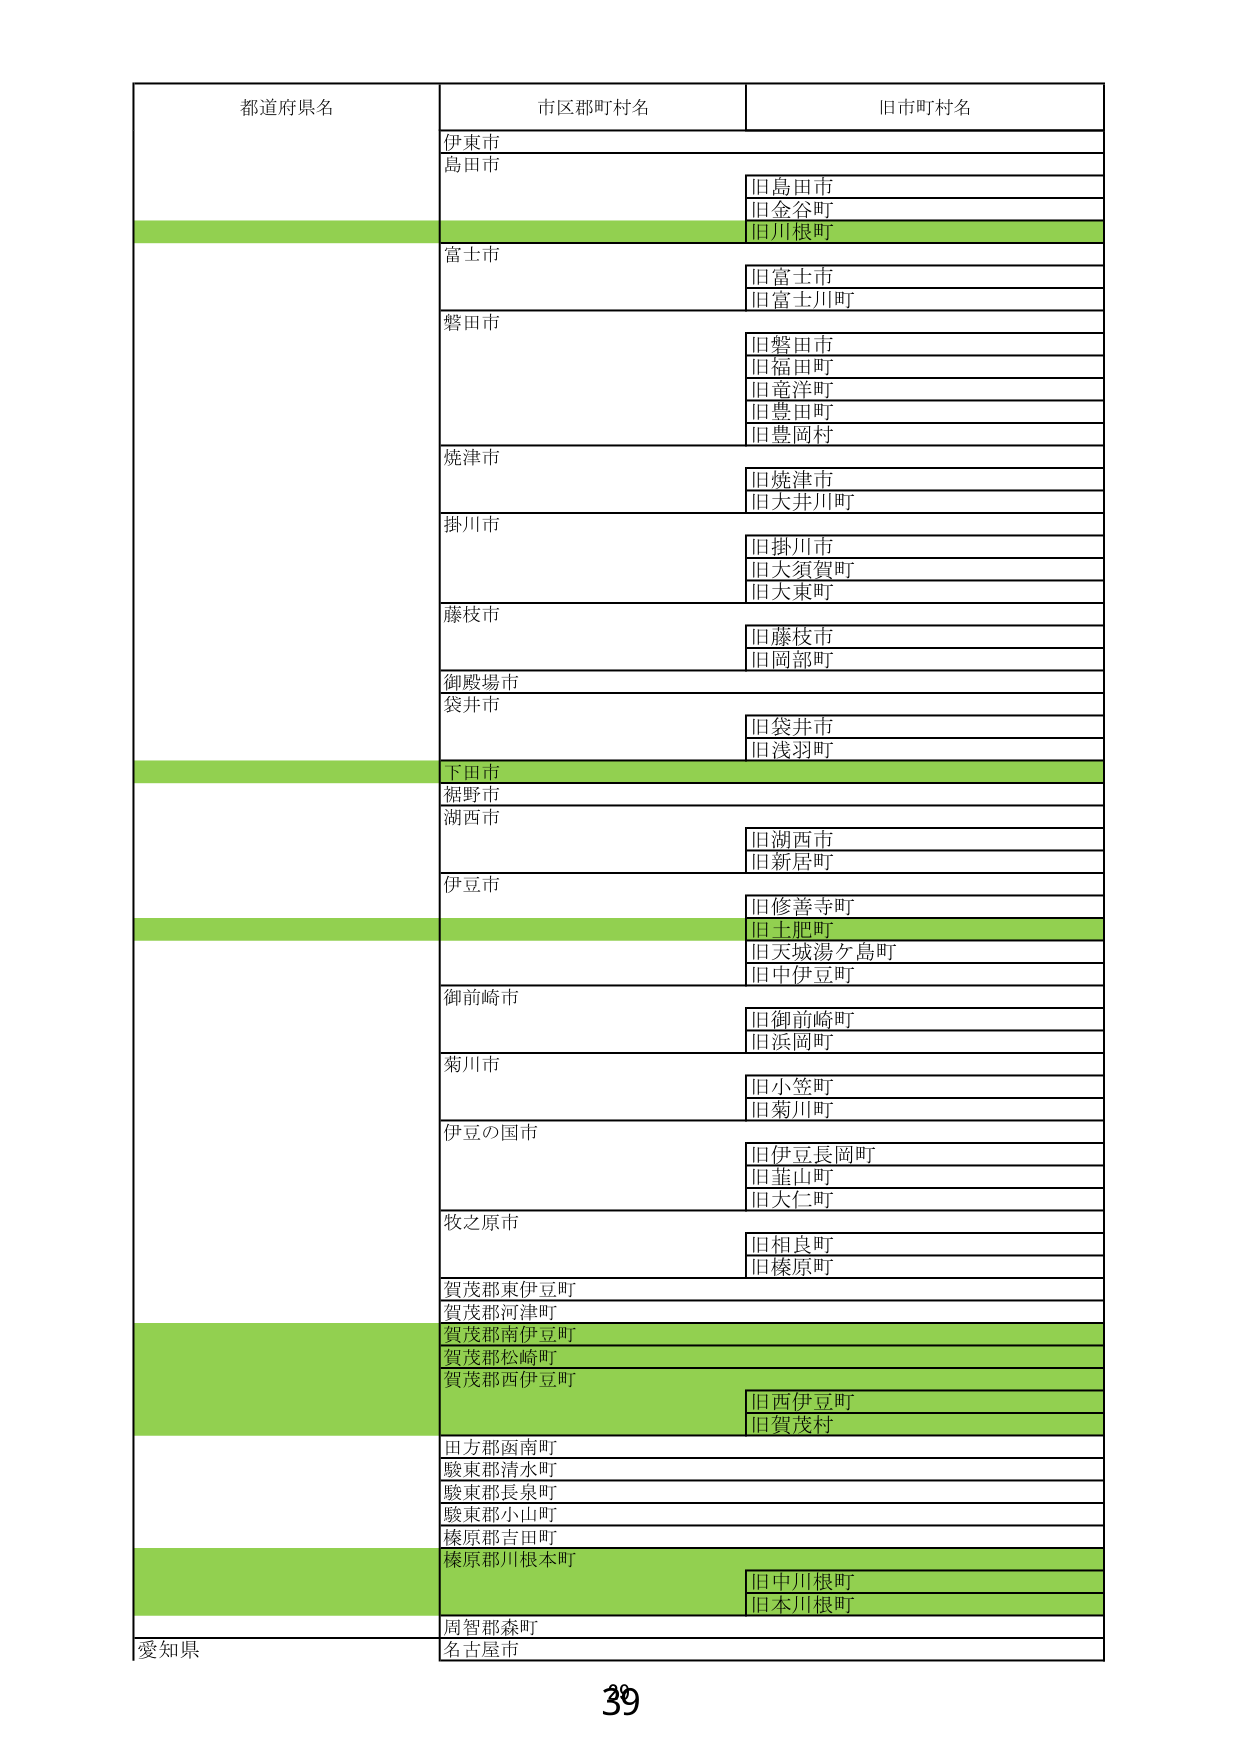
都道府県名 市区郡町村名 旧市町村名
伊東市
島田市
旧島田市
旧金谷町
旧川根町
富士市
旧富士市
旧富士川町
磐田市
旧磐田市
旧福田町
旧豊洋町
旧豊田町
旧豊岡村
焼津市
旧焼津市
旧大井川町
掛川市
旧掛川市
旧大須賀町
旧大東町
藤枝市
旧藤枝市
旧岡部町
御殿場市
袋井市
旧袋井市
旧浅羽町
下田市
裾野市
湖西市
旧湖西市
旧新居町
伊豆市
旧修善寺町
旧土肥町
旧天城湯ヶ島町
旧中伊豆町
御前崎市
旧御前崎町
旧浜岡町
菊川市
旧小笠町
旧菊川町
伊豆の国市
旧伊豆長岡町
旧韮山町
旧大仁町
牧之原市
旧相良町
旧榛原町
賀茂郡東伊豆町
賀茂郡河津町
賀茂郡南伊豆町
賀茂郡松崎町
賀茂郡西伊豆町
旧西伊豆町
旧賀茂村
田方郡函南町
駿東郡清水町
駿東郡長泉町
駿東郡小山町
榛原郡吉田町
榛原郡川根本町
旧中川根町
旧本川根町
周智郡森町
愛知県 名古屋市
39